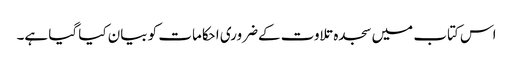
اس کتاب میں سجدہ تلاوت کےضروری احکامات کو بیان کیا گیا ہے۔